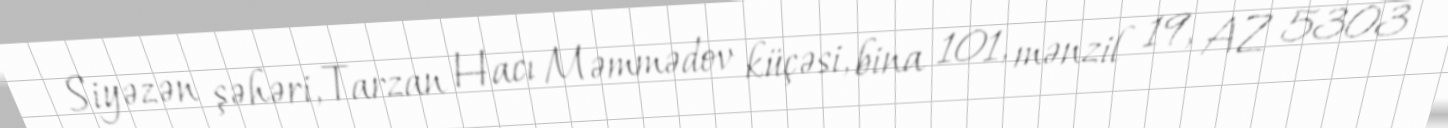
Siyəzən şəhəri, Tarzan Hacı Məmmədov küçəsi, bina 101, mənzil 19, AZ 5303